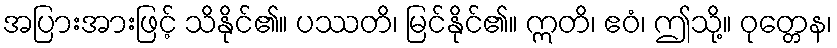
အပြားအားဖြင့် သိနိုင်၏။ ပဿတိ၊ မြင်နိုင်၏။ ဣတိ၊ ဧဝံ၊ ဤသို့။ ဝုတ္တေန၊